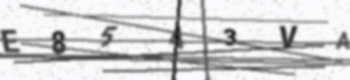
Text: E8543VA